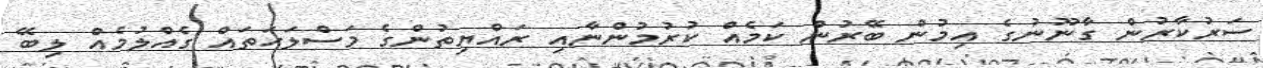
ސަރުކާރުން ގާނޫނުގެ އިމުން ބޭރުން ކަމެއް ކުރުމުންނާއި ރައްޔިތުންގެ މަސްލަހަތައް ގެއްލުމެއް ލިބޭ